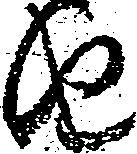
由